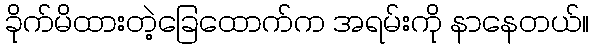
ခိုက်မိထားတဲ့ခြေထောက်က အရမ်းကို နာနေတယ်။